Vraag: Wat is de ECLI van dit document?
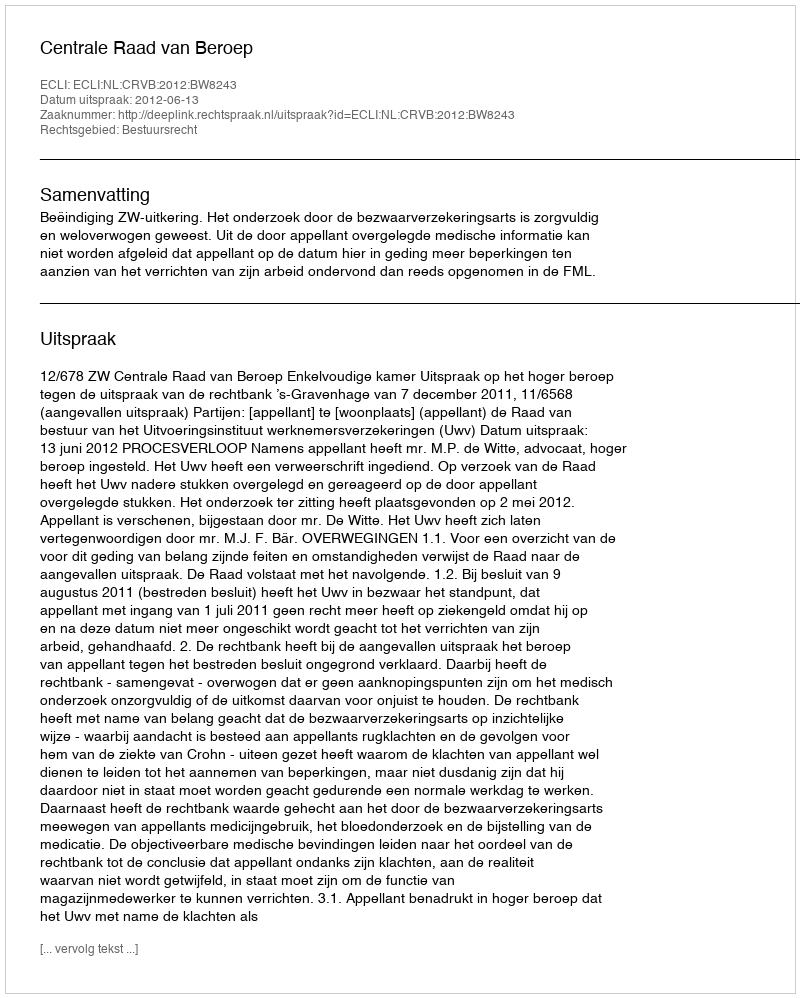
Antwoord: ECLI:NL:CRVB:2012:BW8243